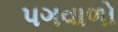
પગવાળો